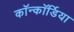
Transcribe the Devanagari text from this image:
कॉन्कॉर्डिया